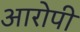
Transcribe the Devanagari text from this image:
अारोपी